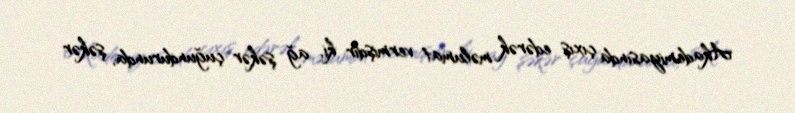
Akademiyasında çıxış edərək məlumat vermişdir ki, ağ şəkər çuğundurunda, şəkər